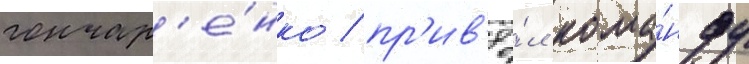
гончар'е́нко / пр'ив'ё́л кома́нду